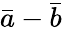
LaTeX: \bar{a}-\bar{b}